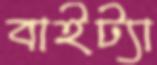
বাইট্যা